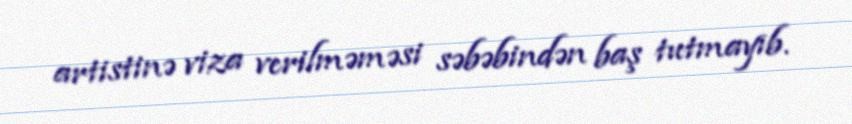
artistinə viza verilməməsi səbəbindən baş tutmayıb.